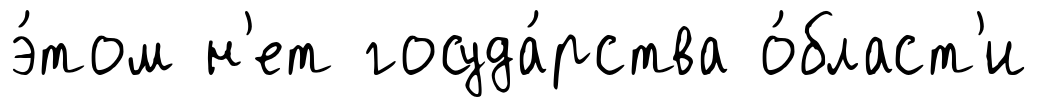
э́том н'ет госуда́рства о́бласт'и